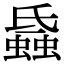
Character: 𧐏